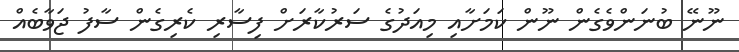
ނޫނޭ ބުނަންވެގެން ނޫން ކަމަށާއި މިއަދުގެ ސަރުކާރަށް ފިސާރި ކެރިގެން ސާފު ޖަވާބެއް